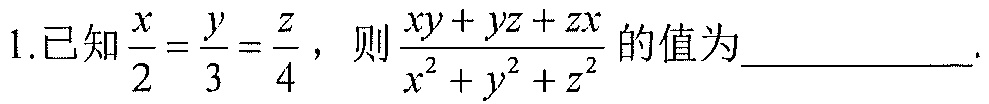
1.已知\(\frac{x}{2}=\frac{y}{3}=\frac{z}{4}\)，则\(\frac{xy + yz + zx}{x^{2}+y^{2}+z^{2}}\)的值为__________.